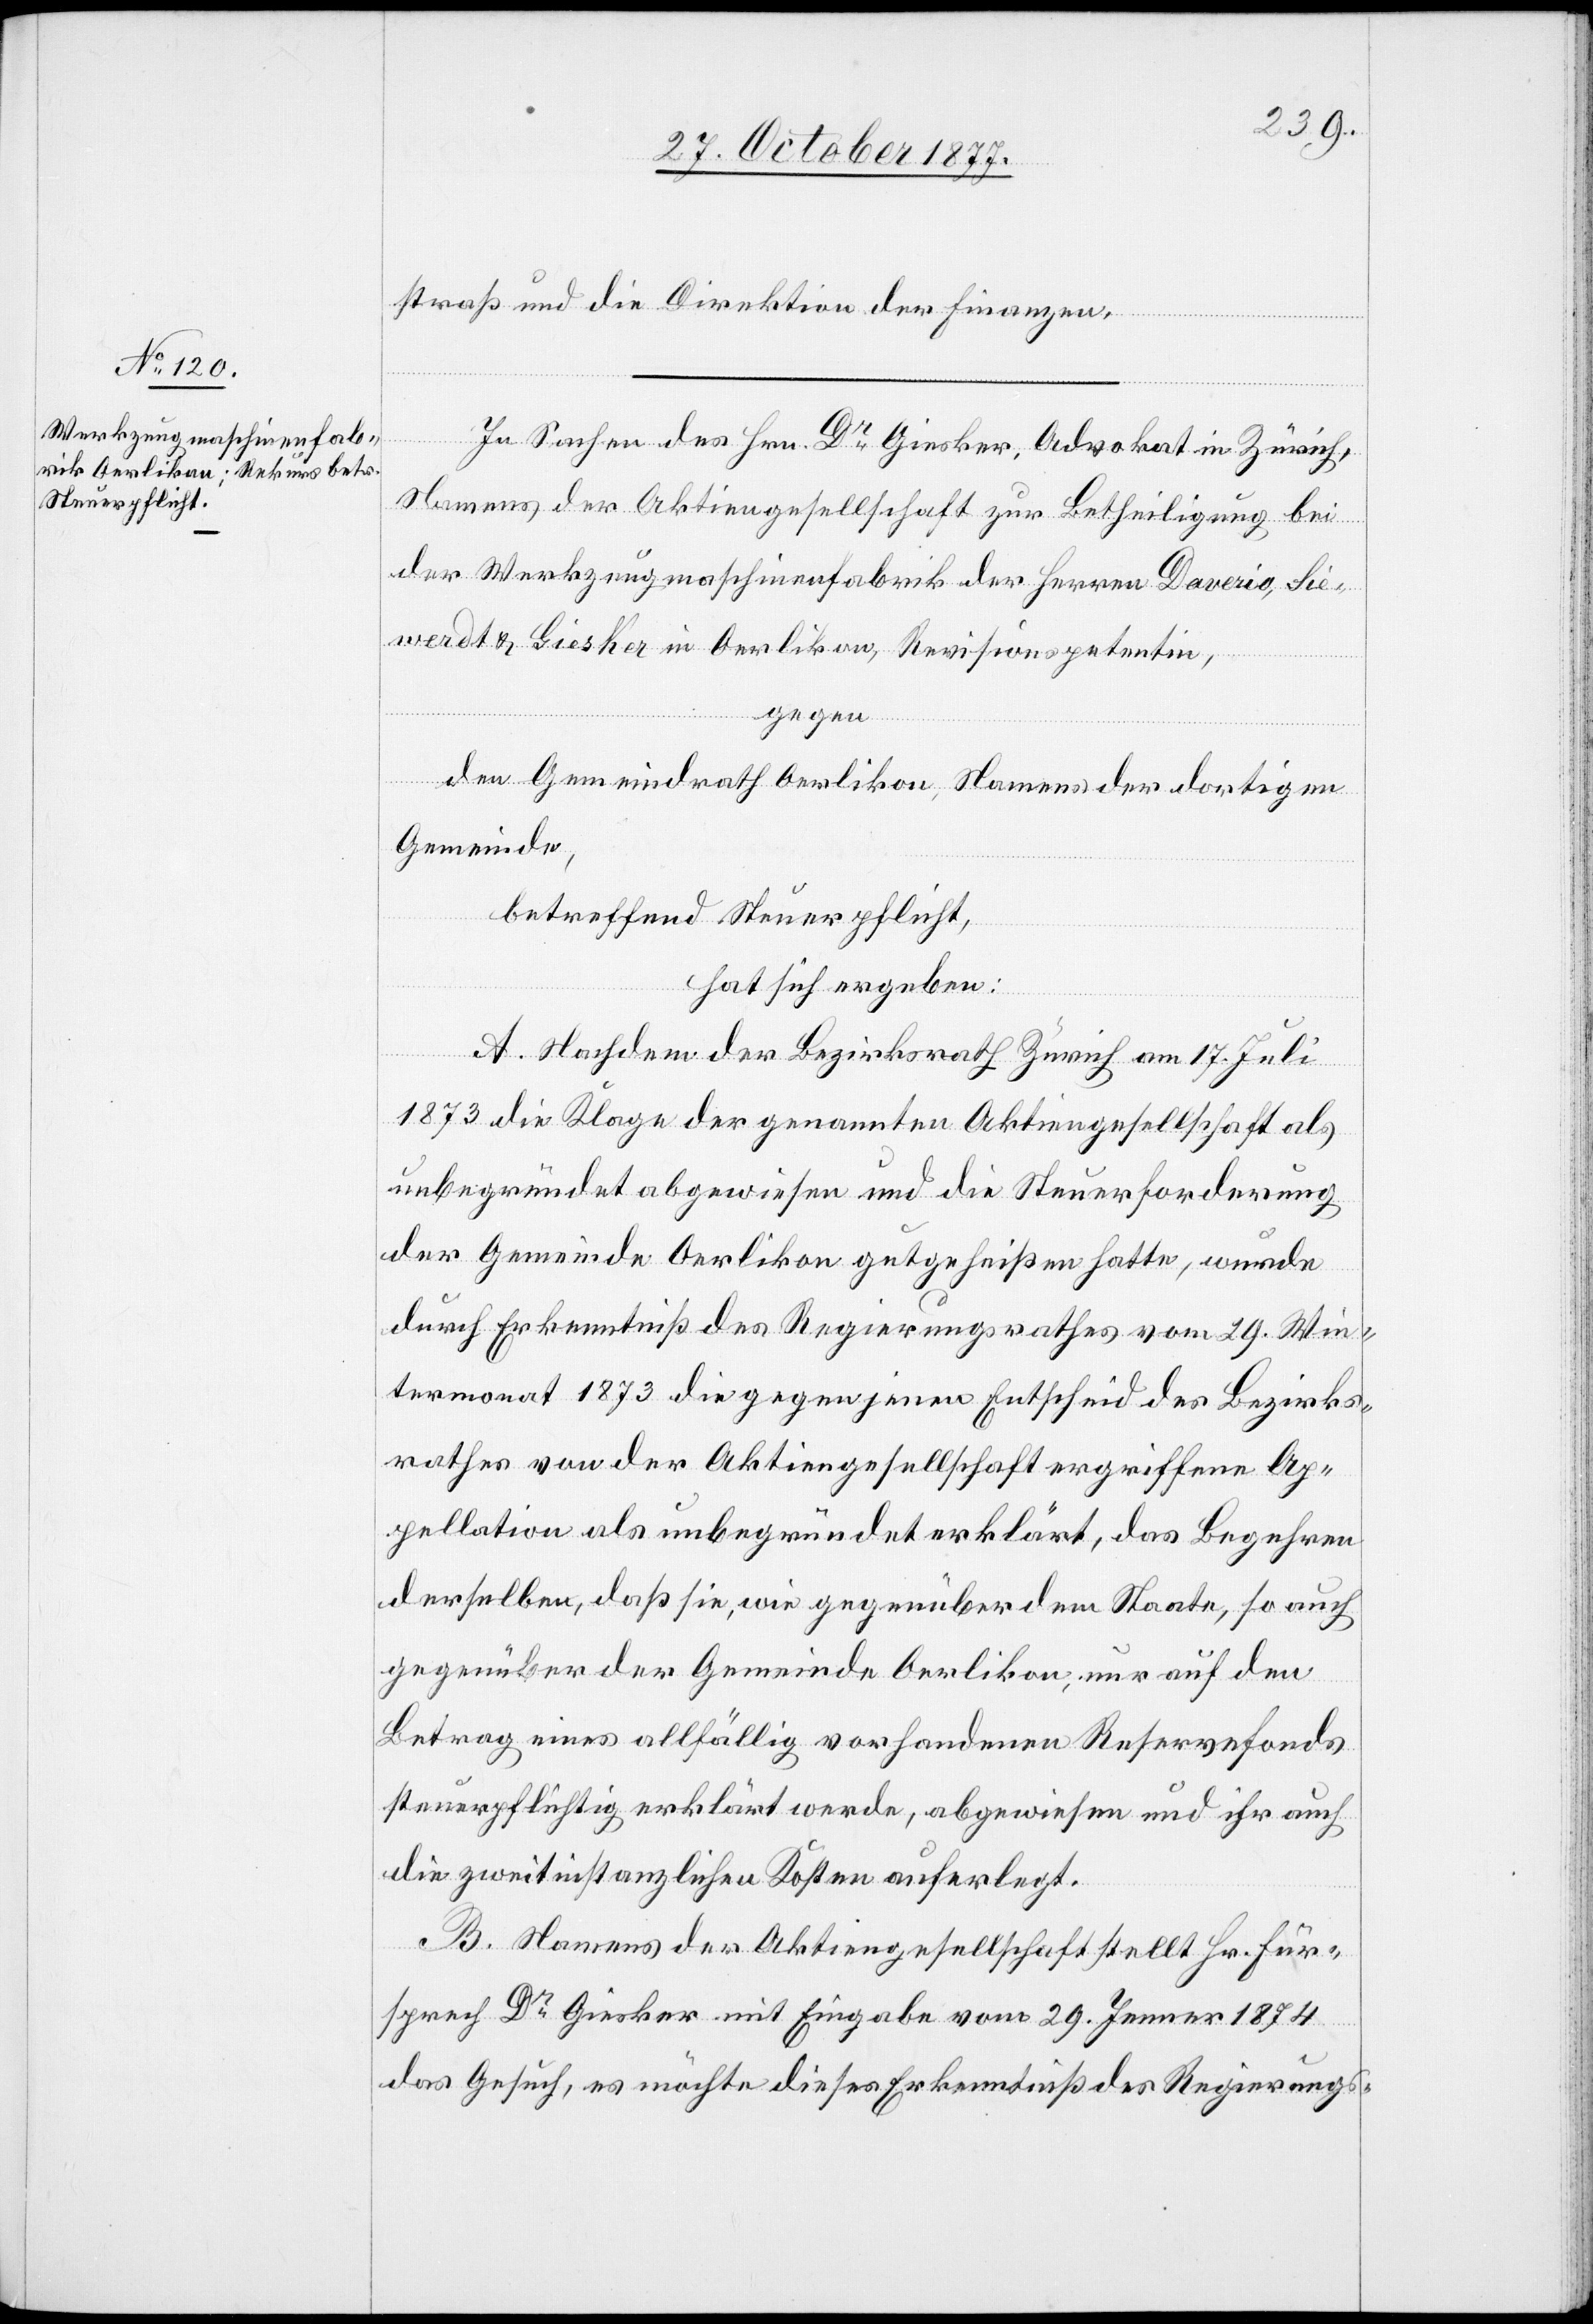
straß und die Direktion der Finanzen.
In Sachen des Hrn. Dr Giesker, Advokat in Zürich,
Namens der Aktiengesellschaft zur Betheiligung bei
der Werkzeugmaschinenfabrik der Herren Daverio, Sie¬
werdt & Giesker in Oerlikon, Revisionspetentin,
gegen
den Gemeindrath Oerlikon, Namens der dortigen
Gemeinde,
betreffend Steuerpflicht,
hat sich ergeben:
A. Nachdem der Bezirksrath Zürich am 17. Juli
1873 die Klage der genannten Aktiengesellschaft als
unbegründet abgewiesen und die Steuerforderung
der Gemeinde Oerlikon gutgeheißen hatte, wurde
durch Erkenntniß des Regierungsrathes vom 29. Win¬
termonat 1873 die gegen jenen Entscheid des Bezirks¬
rathes von der Aktiengesellschaft ergriffene Ap¬
pellation als unbegründet erklärt, das Begehren
derselben, daß sie, wie gegenüber dem Staate, so auch
gegenüber der Gemeinde Oerlikon, nur auf den
Betrag eines allfällig vorhandenen Reservefonds
steuerpflichtig erklärt werde, abgewiesen und ihr auch
die zweitinstanzlichen Kosten auferlegt.
B. Namens der Aktiengesellschaft stellt Hr. Für¬
sprech Dr Giesker mit Eingabe vom 29. Jenner 1874
das Gesuch, es möchte dieses Erkenntniß des Regierungs-